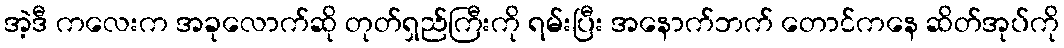
အဲ့ဒီ ကလေးက အခုလောက်ဆို တုတ်ရှည်ကြီးကို ရမ်းပြီး အနောက်ဘက် တောင်ကနေ ဆိတ်အုပ်ကို